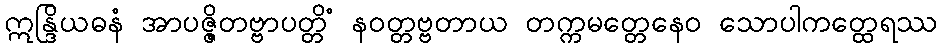
ဣန္ဒြိယဓနံ အာပဇ္ဇိတဗ္ဗာပတ္တိံ နဝတ္တဗ္ဗတာယ တက္ကမတ္တေနေဝ သောပါကတ္ထေရဿ